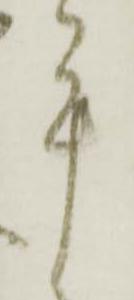
手